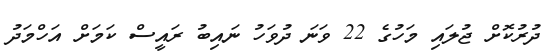
ދުރުކޮށް ޖުލައި މަހުގެ 22 ވަނަ ދުވަހު ނައިބު ރައީސް ކަމަށް އަހްމަދު